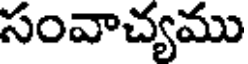
సంవాచ్యము